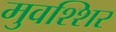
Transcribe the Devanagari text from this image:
मुवश्शिर